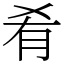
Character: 肴